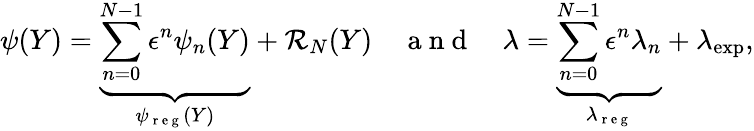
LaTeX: \psi(Y)=\underbrace{\sum_{n=0}^{N-1}\epsilon^{n}\psi_{n}(Y)}_{\psi_{\mathrm{~r~e~g~}}(Y)}+\mathcal{R}_{N}(Y)\quad\mathrm{~a~n~d~}\quad\lambda=\underbrace{\sum_{n=0}^{N-1}\epsilon^{n}\lambda_{n}}_{\lambda_{\mathrm{~r~e~g~}}}+\lambda_{\mathrm{exp}},